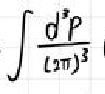
\[\int \frac{\mathrm{d}^{3}P}{(2\pi)^{3}}\]